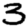
Digit: 3